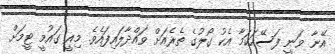
އޭނާ ވަނީ ފަސޭހަކަމާ އެކު ގޯލުގެ ތެރެއަށް ވައްދާލައިފައެވެ. މިއީ ގައުމީ ޓީމަށް